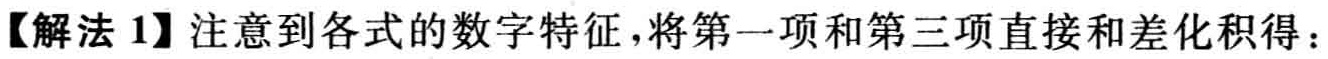
【解法 1】注意到各式的数字特征，将第一项和第三项直接和差化积得：